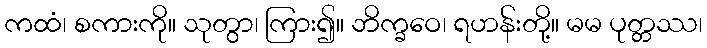
ကထံ၊ စကားကို။ သုတွာ၊ ကြား၍။ ဘိက္ခဝေ၊ ရဟန်းတို့။ မမ ပုတ္တဿ၊